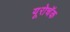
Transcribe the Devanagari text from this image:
यूरोचॅक